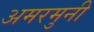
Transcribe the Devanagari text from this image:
अमरमुनी